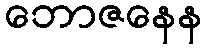
ဘောဇနေန